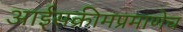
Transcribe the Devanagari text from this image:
आईसक्रीमप्रमाणेच